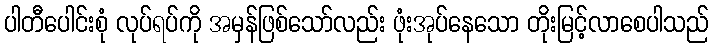
ပါတီပေါင်းစုံ လုပ်ရပ်ကို အမှန်ဖြစ်သော်လည်း ဖုံးအုပ်နေသော တိုးမြင့်လာစေပါသည်